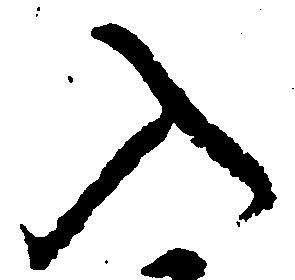
入